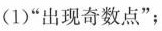
(1)”出现奇数点”；